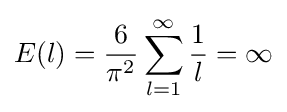
E(l)={\frac {6}{\pi ^{2}}}\sum _{l=1}^{\infty }{\frac {1}{l}}=\infty